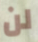
لن